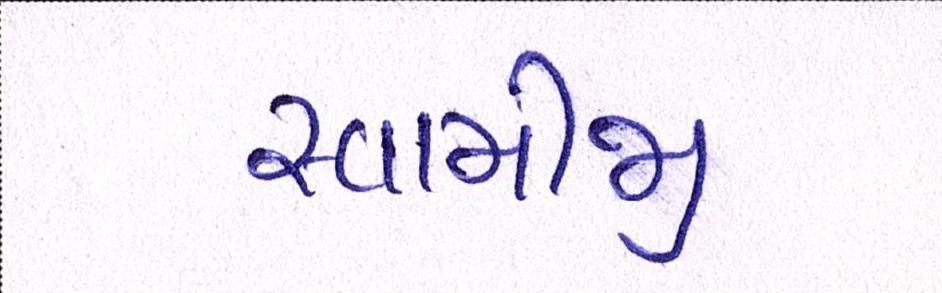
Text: સ્વામીજી